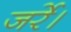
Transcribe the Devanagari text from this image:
जर्रे।